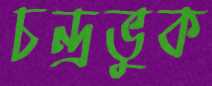
চন্দ্রভুক